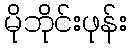
မိုဘိုင်းဖုန်း